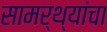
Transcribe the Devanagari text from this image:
सामर्थ्यांचा